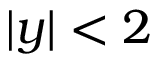
| y | < 2